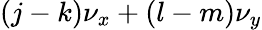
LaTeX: (j-k)\nu_{x}+(l-m)\nu_{y}